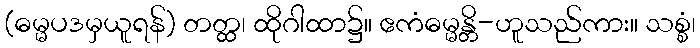
(ဓမ္မပဒမှယူရန်) တတ္ထ၊ ထိုဂါထာ၌။ ဧကံဓမ္မန္တိ-ဟူသည်ကား။ သစ္စံ၊